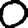
Digit: 0